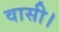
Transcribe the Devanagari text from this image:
वासी।